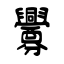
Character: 釁